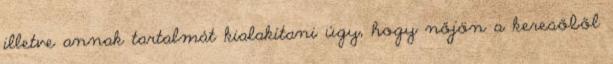
illetve annak tartalmát kialakítani úgy, hogy nőjön a keresőből